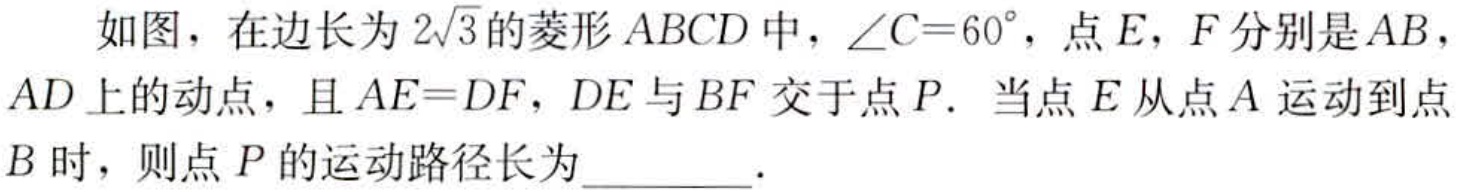
如图，在边长为\(2\sqrt{3}\)的菱形\(ABCD\)中，\(\angle C = 60^{\circ}\)，点\(E\)，\(F\)分别是\(AB\)，\(AD\)上的动点，且\(AE = DF\)，\(DE\)与\(BF\)交于点\(P\). 当点\(E\)从点\(A\)运动到点\(B\)时，则点\(P\)的运动路径长为________.